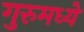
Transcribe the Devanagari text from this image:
गुरुमध्ये